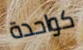
كواحدة